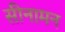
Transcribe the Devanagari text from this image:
सीनामन